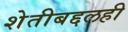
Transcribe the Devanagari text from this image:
शेतीबद्दलही